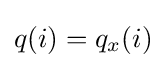
q(i)=q_{x}(i)